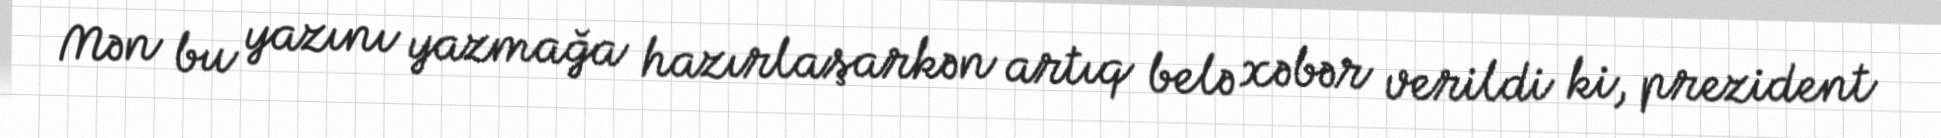
Mən bu yazını yazmağa hazırlaşarkən artıq belə xəbər verildi ki, prezident